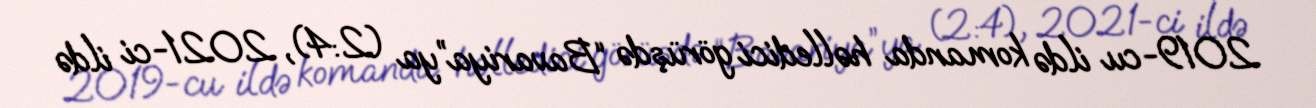
2019-cu ildə komanda həlledici görüşdə “Bavariya”ya (2:4), 2021-ci ildə